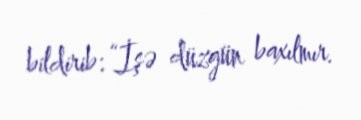
bildirib: “İşə düzgün baxılmır.